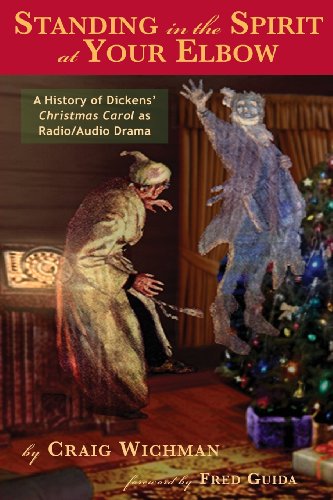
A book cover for Standing in the Spirit at Your Elbow: A History of Dicken's Christmas Carol as Radio/Audio Drama; Craig Wichman; Humor & Entertainment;